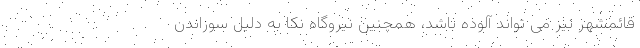
قائمشهر نیز می تواند آلوده باشد، همچنین نیروگاه نکا به دلیل سوزاندن